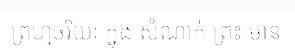
ព្រហ្មចរិយៈ ក្នុង សំណាក់ ព្រះ មាន